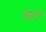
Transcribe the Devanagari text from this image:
झूटों